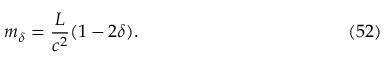
m _ { \delta } = \frac { L } { c ^ { 2 } } ( 1 - 2 \delta ) . \eqno ( 5 2 )